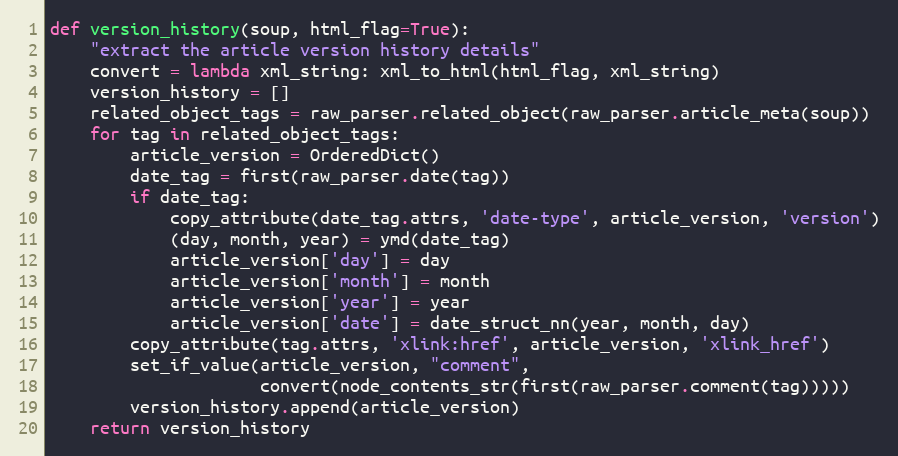
Language: Python
def version_history(soup, html_flag=True):
    "extract the article version history details"
    convert = lambda xml_string: xml_to_html(html_flag, xml_string)
    version_history = []
    related_object_tags = raw_parser.related_object(raw_parser.article_meta(soup))
    for tag in related_object_tags:
        article_version = OrderedDict()
        date_tag = first(raw_parser.date(tag))
        if date_tag:
            copy_attribute(date_tag.attrs, 'date-type', article_version, 'version')
            (day, month, year) = ymd(date_tag)
            article_version['day'] = day
            article_version['month'] = month
            article_version['year'] = year
            article_version['date'] = date_struct_nn(year, month, day)
        copy_attribute(tag.attrs, 'xlink:href', article_version, 'xlink_href')
        set_if_value(article_version, "comment",
                     convert(node_contents_str(first(raw_parser.comment(tag)))))
        version_history.append(article_version)
    return version_history